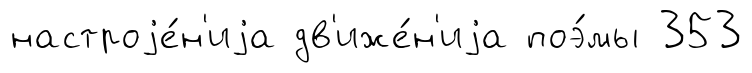
настроjе́н'иjа дв'иже́н'иjа поэ́мы 353